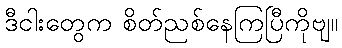
ဒီငါးတွေက စိတ်ညစ်နေကြပြီကိုဗျ။